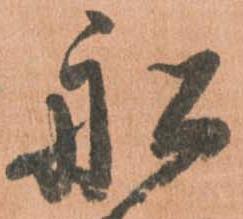
船